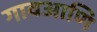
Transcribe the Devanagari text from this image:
गावआणि